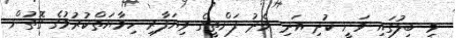
މި ބިލުގައި ވަނީ ކުދި އަދި މެދު ފަންތީގެ ވިޔަފާރި ހިމާޔަތްކުރުމުގެ ގޮތުން